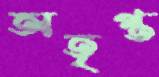
অতৃপ্ত